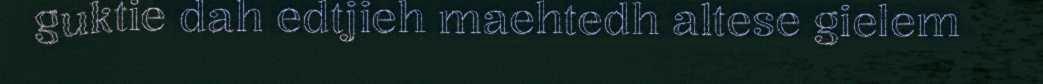
guktie dah edtjieh maehtedh altese gielem